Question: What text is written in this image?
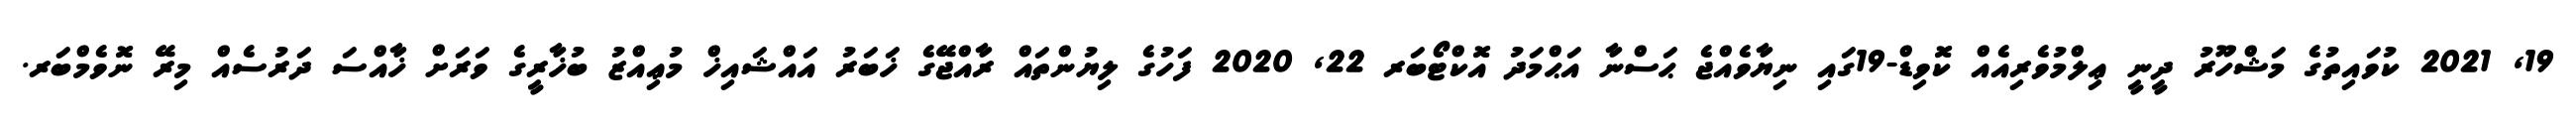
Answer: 19, 2021 ކުވައިތުގެ މަޝްހޫރު ދީނީ ޢިލްމުވެރިއެއް ކޮވިޑް-19ގައި ނިޔާވެއްޖެ ޙަސްނާ އަޙްމަދު އޮކްޓޯބަރ 22, 2020 ފަހުގެ ލިޔުންތައް ރާއްޖޭގެ ޚަބަރު އައްޝައިޚް މުޢިއްޒު ބުޚާރީގެ ވަރަށް ޚާއްސަ ދަރުސެއް މިރޭ ނޮވެމްބަރ.